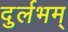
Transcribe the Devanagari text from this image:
दुर्लभम्